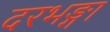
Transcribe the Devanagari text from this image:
दरभङ्गा